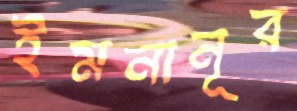
ইমনানূর